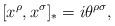
LaTeX: \begin{align*}[x^{\rho},x^{\sigma}]_{*}=i\theta^{\rho\sigma},\end{align*}